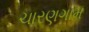
ચારણગામ